Indian journal of veterinary science and animal husbandry - Volume 2,
Year: 1932
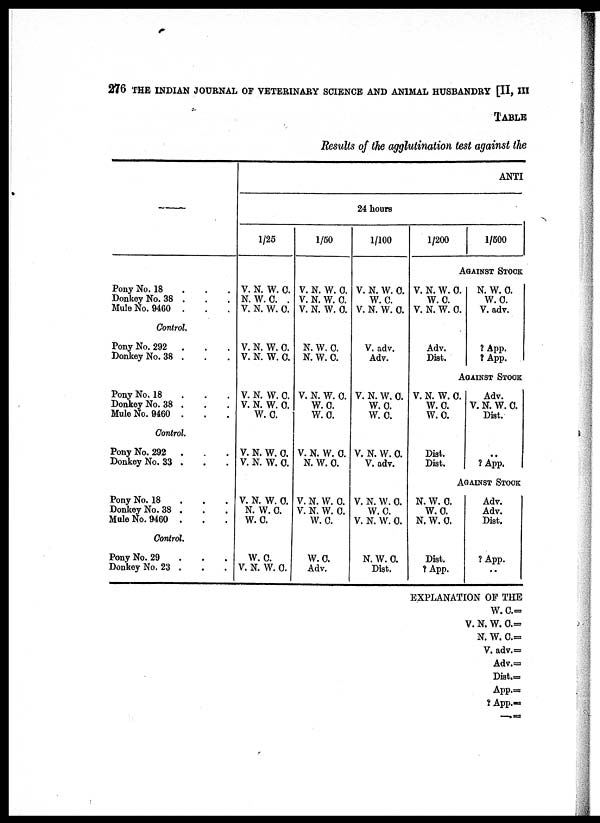
276 THE INDIAN JOURNAL OF VETERINARY SCIENCE AND ANIMAL HUSBANDRY [II, III
TABLE
Results of the agglutination test against the
—
Pony No. 18
Donkey No. 38 .
Mule No. 9460 .
Control.
Pony No. 292
Donkey No. 38 .
Pony No. 18
Donkey No. 38 .
Mule No. 9460 .
Control.
Pony No. 292 .
Donkey No. 33 .
Pony No. 18
Donkey No. 38 .
Male No. 9460 .
Control.
Pony No. 29
Donkey No. 23 .
1/25
V. N. W. C.
N. W. C. .
V. N. W. C.
V. N. W. C.
V. N. W. C.
V. N. W. C.
V. N. W. C.
W.C.
V. N. W. C.
V. N. W. C.
V. N. W. C.
N. W. C.
W.C.
W. C.
V. N. W. C.
1/50
V. N. W. C.
V. N. W. C.
V. N. W. C.
N. W. C.
N. W. C.
V. N. W. C.
W.C.
W.C.
V. N. W. C.
N. W. C.
V. N. W. C.
V. N. W. C.
W. C.
W.C.
Adv.
24 hours
1/100
V. N. W. C.
W. C.
V. N. W.C.
V. adv.
Adv.
V. N. W.C.
W.C.
W.C.
V. N. W.C.
V. adv.
V. N. W. C.
W. C.
V. N. W. C.
N. W. C.
Dist.
ANTI
1/200
V. N. W. C.
W.C.
V. N. W. C.
Adv.
Dist.
1/500
AGAINST STOCK
N. W. C.
W.C.
V. adv.
?App.
?App.
AGAINST STOCK
V. N. W. C.
W.C.
W.C.
Dist.
Dist.
Adv.
V. N. W. C.
Dist.
..
?App.
AGAINST STOCK
N. W. C.
W.C.
N. W. C.
Dist.
?App.
Adv.
Adv.
Dist.
?App.
..
EXPLANATION OF THE
W.C.=
V. N. W. C.=
N. W. C.=
V. adv.=
Adv.=
Dist.=
App.=
? App.=
—
=